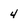
Character: 4